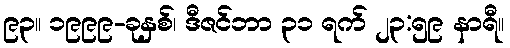
၉၃။ ၁၉၉၉-ခုနှစ်၊ ဒီဇင်ဘာ ၃၁ ရက် ၂၃:၅၉ နာရီ။